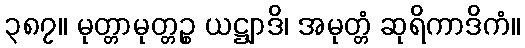
၃၈၇။ မုတ္တာမုတ္တဉ္စ ယဋ္ဌျာဒိ၊ အမုတ္တံ ဆုရိကာဒိကံ။